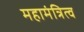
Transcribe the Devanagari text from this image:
महामंत्रित्व